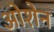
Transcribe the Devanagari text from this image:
ओशेन